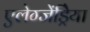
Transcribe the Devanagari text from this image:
एलेग्जेंड्रेिया